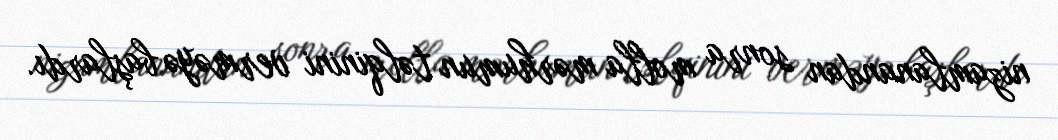
nizamlanandan sonra molla mərhumun təlqinini verməyə başlardı.